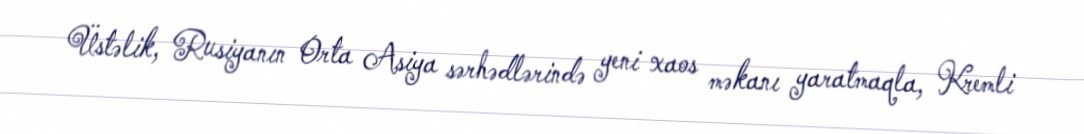
Üstəlik, Rusiyanın Orta Asiya sərhədlərində yeni xaos məkanı yaratmaqla, Kremli